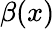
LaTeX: \beta(x)